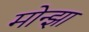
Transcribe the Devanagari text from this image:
मोन्झा